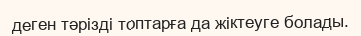
деген тәрізді топтарға да жіктеуге болады.